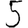
Digit: 5